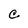
Character: C